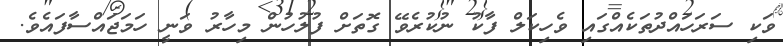
ވަކި ސަރަހައްދުތަކެއްގައި ވެހިކަލް ފާކު ނުކުރެވޭ ގޮތަށް ފުލުހުން މިހާރު ވަނީ ހަމަޖައްސާފައެވެ.